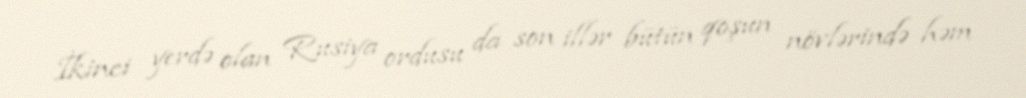
İkinci yerdə olan Rusiya ordusu da son illər bütün qoşun növlərində həm